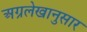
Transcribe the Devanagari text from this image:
अग्रलेखानुसार